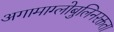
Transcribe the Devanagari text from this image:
अगामाग्लोबुलिनरक्तता